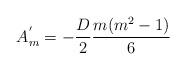
LaTeX: \begin{align*}A_m^{'} = - \frac {D} {2} \frac {m(m^2-1)} {6}\end{align*}